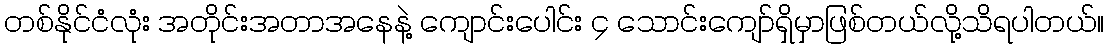
တစ်နိုင်ငံလုံး အတိုင်းအတာအနေနဲ့ ကျောင်းပေါင်း ၄ သောင်းကျော်ရှိမှာဖြစ်တယ်လို့သိရပါတယ်။